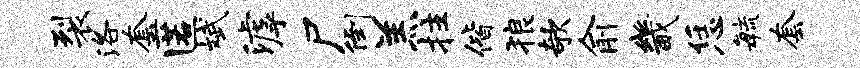
裂洛套匿斌滹尸倒羔拄偕狼欹俞畿恁敏套